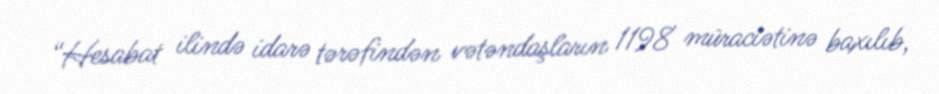
“Hesabat ilində idarə tərəfindən vətəndaşların 1198 müraciətinə baxılıb,